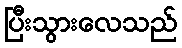
ပြီးသွားလေသည်